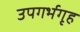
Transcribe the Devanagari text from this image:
उपगर्भगृह